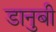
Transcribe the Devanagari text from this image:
डानुबी